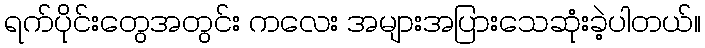
ရက်ပိုင်းတွေအတွင်း ကလေး အများအပြားသေဆုံးခဲ့ပါတယ်။